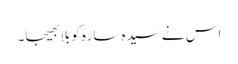
اس نے سیدہ سارہ کو بلا بھیجا۔